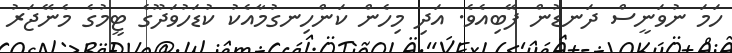
ހަމަ ނުވަނީސް ދަނޑުން ފޭބިއެވެ. އަދި މިހެން ކަންހިނގުމާއެކު ކުޑަހުވަދޫގެ ޓީމުގެ މެނޭޖަރު